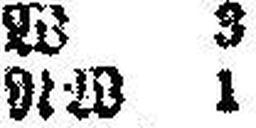
NW 1